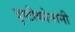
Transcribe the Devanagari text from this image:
दृष्टीकोनानी